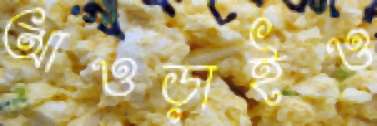
আওড়াইও